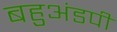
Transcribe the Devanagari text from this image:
बहुअंडपी